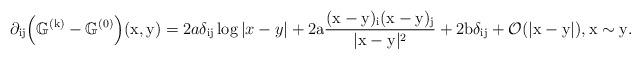
LaTeX: \begin{align*}\partial_{\mathrm{ij}}\Big(\mathbb{G}^{(\mathrm{k})}-\mathbb{G}^{(0)}\Big)(\mathrm{x},\mathrm{y}) = 2a \delta_{\mathrm{ij}}\log|x-y| + 2\mathrm{a} \dfrac{(\mathrm{x}-\mathrm{y})_{\mathrm{i}}(\mathrm{x}-\mathrm{y})_{\mathrm{j}}}{|\mathrm{x}-\mathrm{y}|^{2}} + 2\mathrm{b} \delta_{\mathrm{ij}} + \mathcal{O}(|\mathrm{x}-\mathrm{y}|),\mathrm{x}\sim \mathrm{y}.\end{align*}